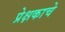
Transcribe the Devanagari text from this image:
प्रेक्षकाचे